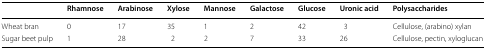
<table><thead><tr><td></td><td><b>Rhamnose</b></td><td><b>Arabinose</b></td><td><b>Xylose</b></td><td><b>Mannose</b></td><td><b>Galactose</b></td><td><b>Glucose</b></td><td><b>Uronic acid</b></td><td><b>Polysaccharides</b></td></tr></thead><tbody><tr><td>Wheat bran</td><td>0</td><td>17</td><td>35</td><td>1</td><td>2</td><td>42</td><td>3</td><td>Cellulose, (arabino) xylan</td></tr><tr><td>Sugar beet pulp</td><td>1</td><td>28</td><td>2</td><td>2</td><td>7</td><td>33</td><td>26</td><td>Cellulose, pectin, xyloglucan</td></tr></tbody></table>